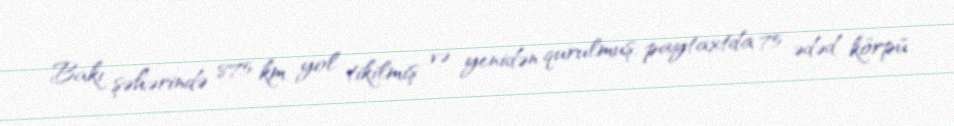
Bakı şəhərində 875 km yol tikilmiş və yenidən qurulmuş, paytaxtda 75 ədəd körpü